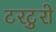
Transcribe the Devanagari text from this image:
टरटुरो